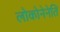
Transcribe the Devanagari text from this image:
लोकोनेनेति